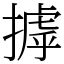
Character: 摢